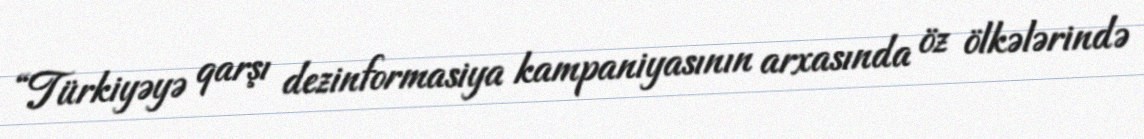
“Türkiyəyə qarşı dezinformasiya kampaniyasının arxasında öz ölkələrində